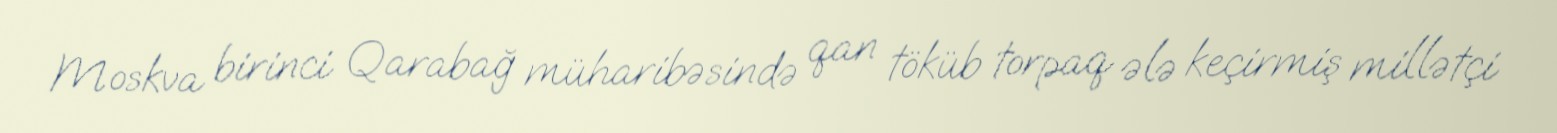
Moskva birinci Qarabağ müharibəsində qan töküb torpaq ələ keçirmiş millətçi